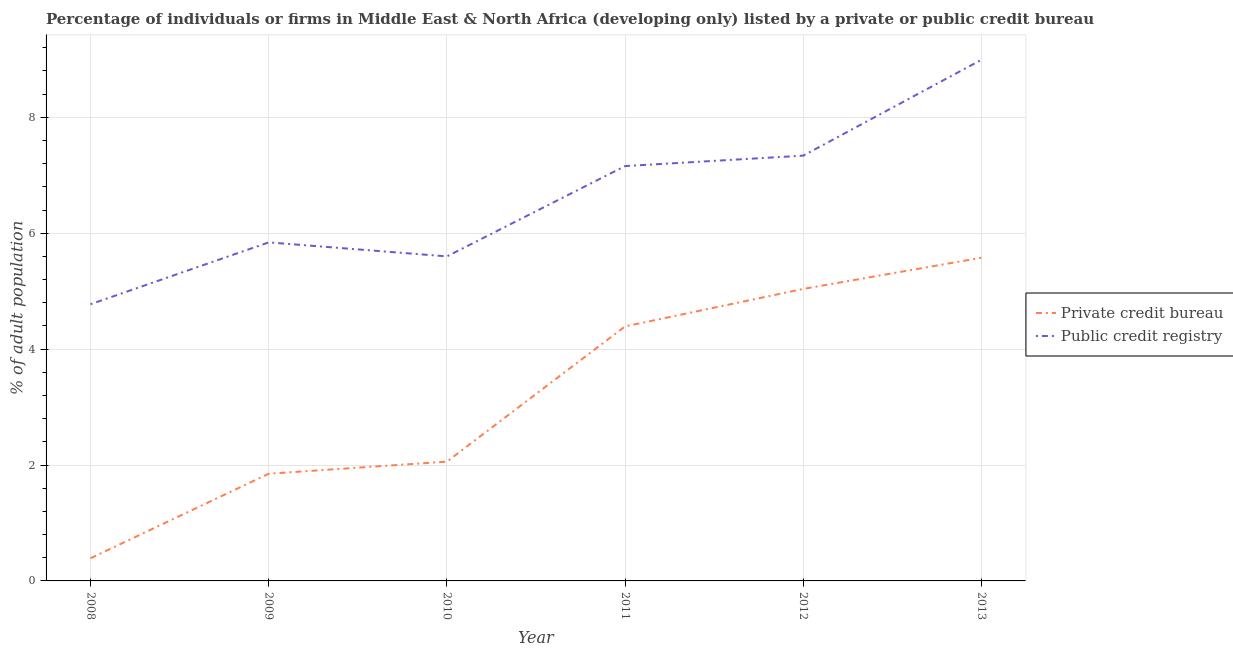
| Year | Private credit bureau | Public credit registry |
 | --- | --- | --- |
 | 2008 | 0.392 | 4.78 |
 | 2009 | 1.85 | 5.84 |
 | 2010 | 2.06 | 5.6 |
 | 2011 | 4.39 | 7.16 |
 | 2012 | 5.04 | 7.34 |
 | 2013 | 5.58 | 8.99 |